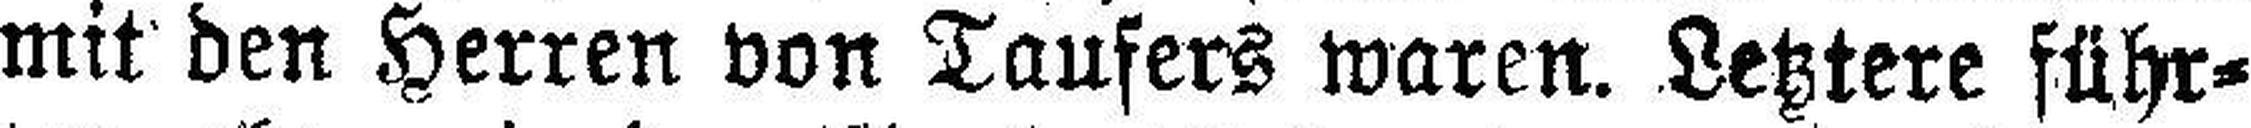
mit den Herren von Taufers waren. Letztere führ¬